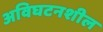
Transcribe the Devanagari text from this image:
अविघटनशील